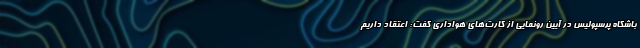
باشگاه پرسپولیس در آیین رونمایی از کارت‌های هواداری گفت: اعتقاد داریم